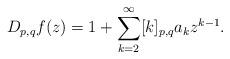
LaTeX: \begin{align*}D_{p, q}f(z)=1+\sum_{{k=2}}^{\infty}[k]_{p,q}a_{k} z^{k-1}.\end{align*}